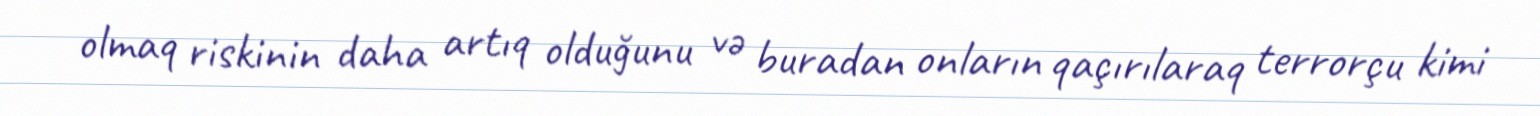
olmaq riskinin daha artıq olduğunu və buradan onların qaçırılaraq terrorçu kimi